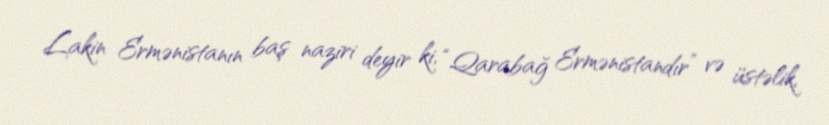
Lakin Ermənistanın baş naziri deyir ki, “Qarabağ Ermənistandır” və üstəlik,